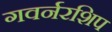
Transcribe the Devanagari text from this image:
गवर्नरशिप